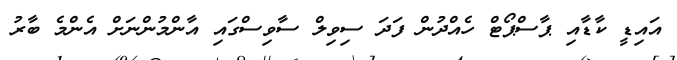
އައިޑީ ކާޑާއި ޕާސްޕޯޓް ހެއްދުން ފަދަ ސިވިލް ސާވިސްގައި އާންމުންނަށް އެންމެ ބާރު